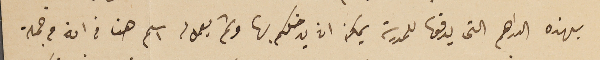
بهذه الدراهم التى يدفعها للمدرسة يمكن ان يدخلكم بها وثم يعمل له اسم هنا فى انه من جملة